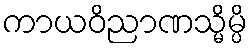
ကာယဝိညာဏသ္မိမ္ပိ